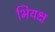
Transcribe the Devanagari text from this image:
भियक्ष